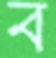
ব